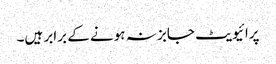
پرائیویٹ جابز نہ ہونے کے برابر ہیں۔